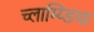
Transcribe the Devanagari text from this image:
च्लाम्य्डिया